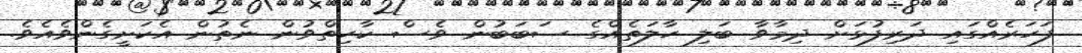
ފަހަރެއްގައި ދަރިފުޅަށް ދިމާވާ ބަލި ހާލަތެއްގެ ސަބަބުން ވެސް ކާހިތްވުން ނެތުން އެކަށީގެންވެއެވެ.